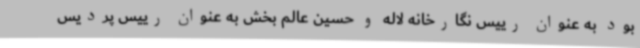
بود به عنوان رییس نگارخانه لاله و حسین عالم بخش به عنوان رییس پردیس